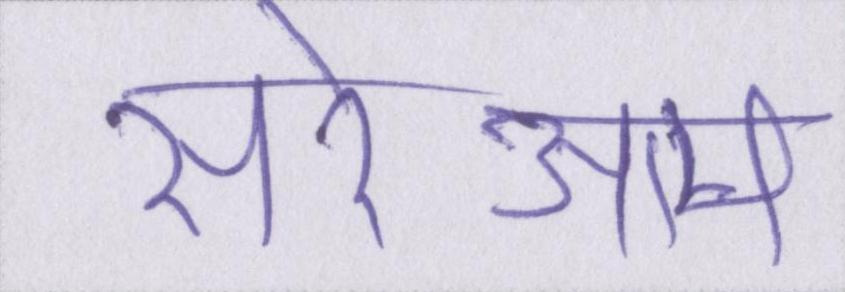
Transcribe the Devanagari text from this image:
सरेआम